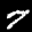
Label: 7